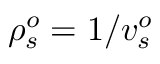
\rho _ { s } ^ { o } = 1 / v _ { s } ^ { o }